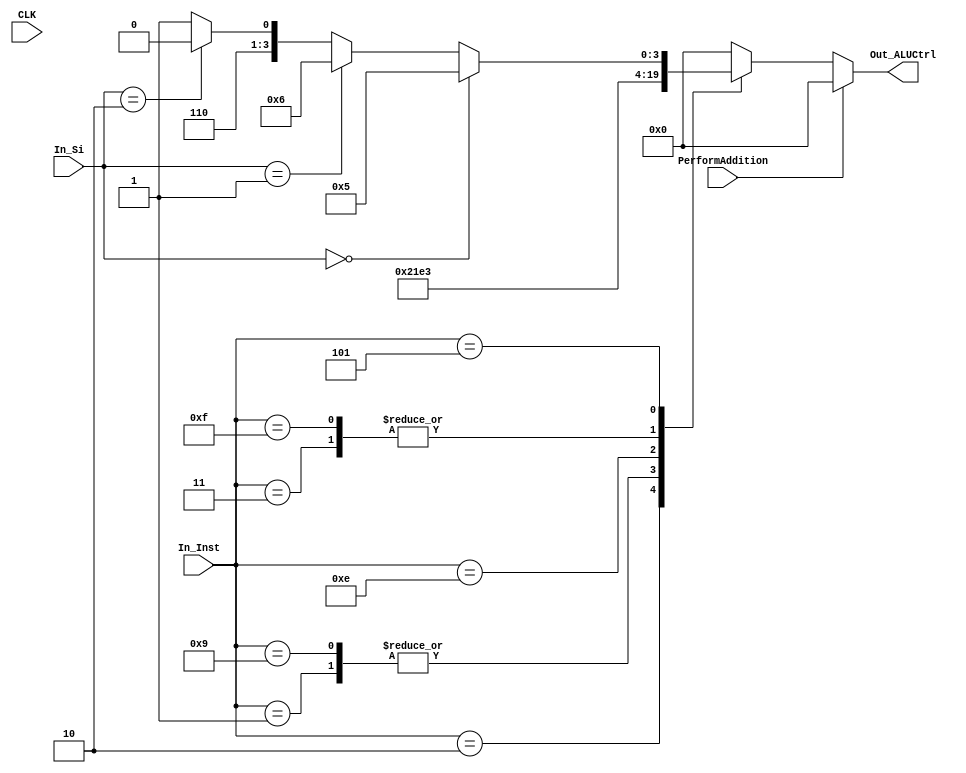
module ALUControl (
input wire CLK,               // Clock signal
input wire [1:0] In_Si,
input wire PerformAddition,
input wire [3:0] In_Inst,
output reg [3:0] Out_ALUCtrl
);

always @(*) begin

if (PerformAddition == 1) begin
	Out_ALUCtrl = 4'b0000;
end 

else begin
case (In_Inst)
4'b0000: Out_ALUCtrl = 4'b0000;    // ADD
4'b0001: Out_ALUCtrl = 4'b0001;    // SUB
4'b0010: Out_ALUCtrl = 4'b0010;    // AND
4'b0011: Out_ALUCtrl = 4'b0011;    // OR
4'b0100: Out_ALUCtrl = 4'b0000;    // ADDI
4'b0111: Out_ALUCtrl = 4'b0000;    // LW
4'b1000: Out_ALUCtrl = 4'b0000;    // SW
4'b1001: Out_ALUCtrl = 4'b0001;    // BEQ
4'b1100: Out_ALUCtrl = 4'b0000;    // JAL
4'b1101: Out_ALUCtrl = 4'b0000;    // JALR (Not here)
4'b1110: Out_ALUCtrl = 4'b1110;    // LUI
4'b1111: Out_ALUCtrl = 4'b0011;    // LBI
4'b0101:                       // Shift
                if (In_Si == 0) begin
                    Out_ALUCtrl = 4'b0101; // Shift left logical
end
else if (In_Si == 1) begin
Out_ALUCtrl = 4'b0110; // Shift right logical
                end
                else if (In_Si == 2) begin
                    Out_ALUCtrl = 4'b1100; // Shift left arithmetic
end
else begin
Out_ALUCtrl = 4'b1101; // Shift right arithmetic
                end
            default: Out_ALUCtrl = 4'b0000;
endcase
end

end

endmodule